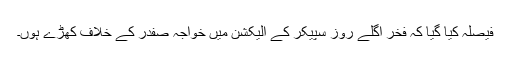
فیصلہ کیا گیا کہ فخر اگلے روز سپیکر کے الیکشن میں خواجہ صفدر کے خلاف کھڑے ہوں۔